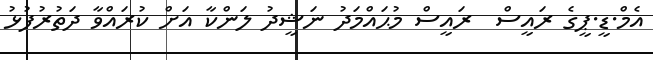
އެމް.ޑީ.ޕީގެ ރައީސް  ރައީސް މުޙައްމަދު ނަޝީދު ލަންކާ އަށް ކުރައްވާ ދަތުރުފުޅު